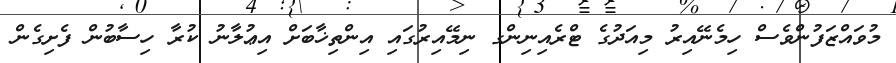
މުވައްޒަފުންވެސް ހިމެނޭއިރު މިއަދުގެ ޓްރެއިނިންގ ނިމޭއިރުގައި އިންތިޚާބަށް އިޢުލާނު ކުރާ ހިސާބުން ފެށިގެން